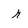
Character: r